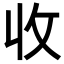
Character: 收